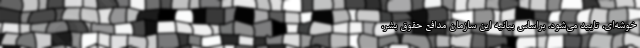
خوشه‌ای، تایید می‌شود. براساس بیانیه‌ این سازمان مدافع حقوق بشر،